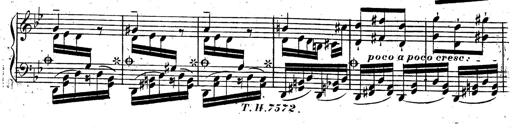
Title: Rondeau fantastique sur un thÃ¨me espagnol
Composer: Franz Liszt